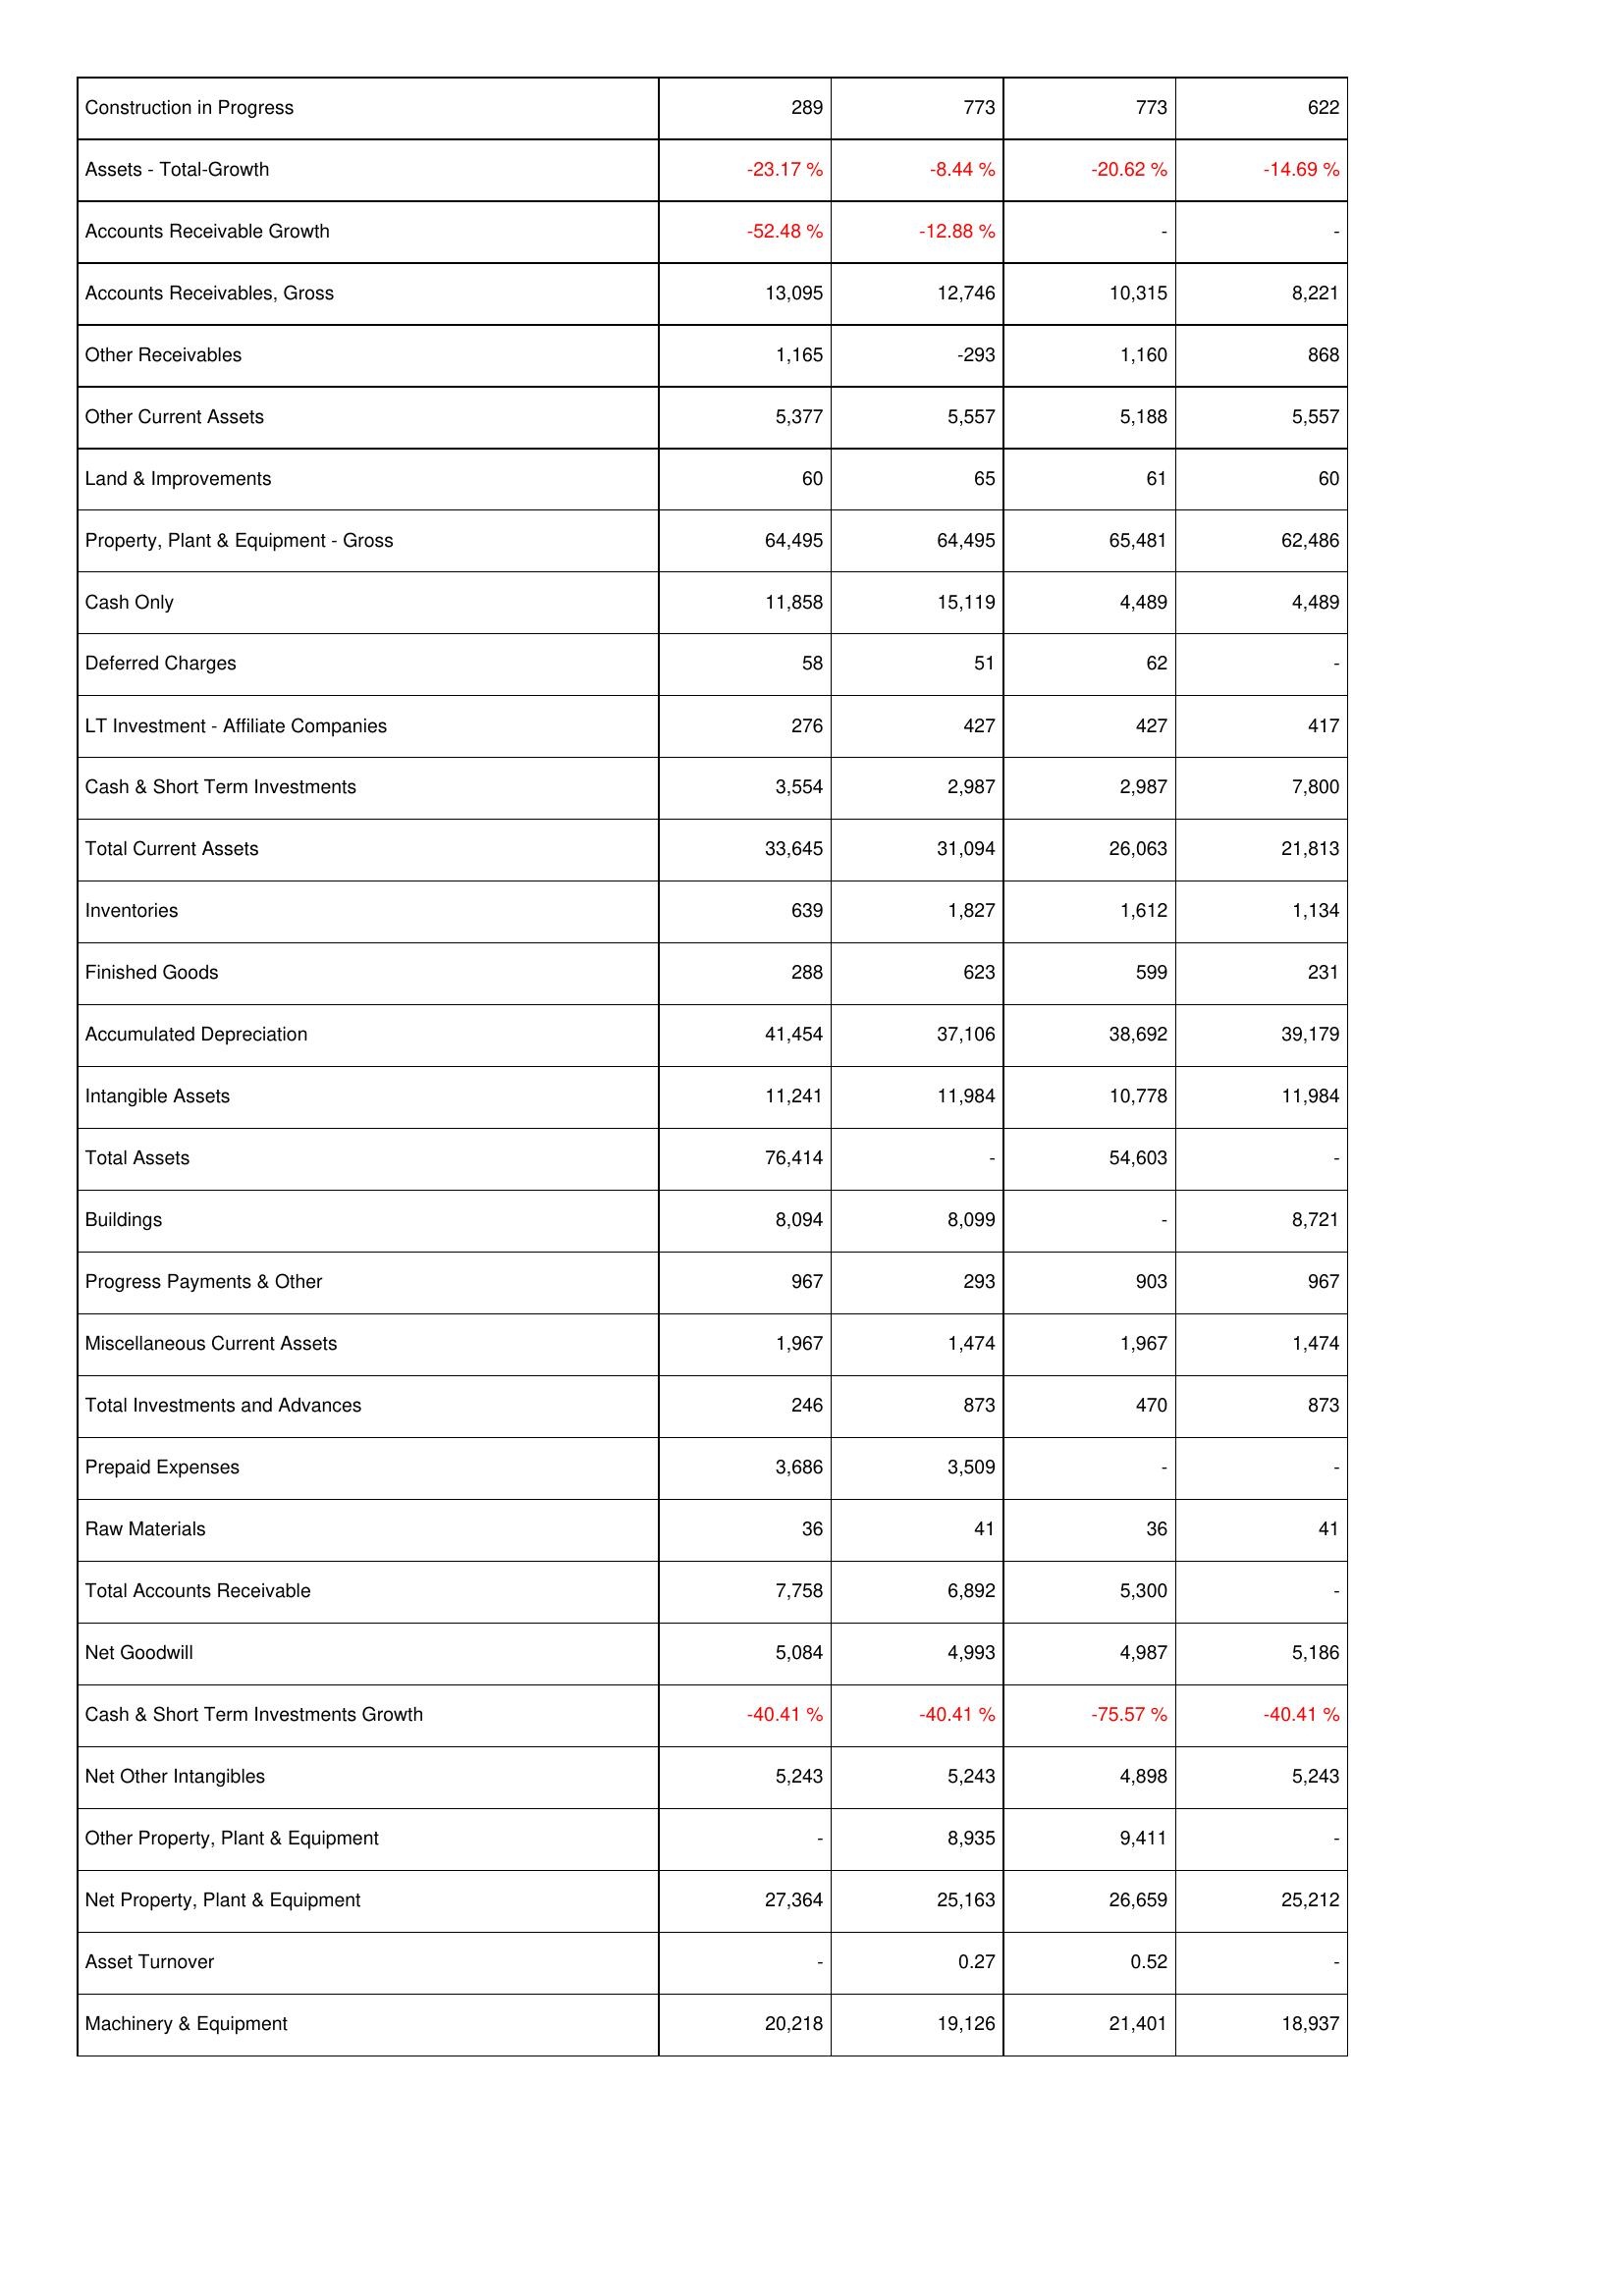
2010: Assets: Construction in Progress: 289
Assets - Total-Growth: -23.17 %
Accounts Receivable Growth: -52.48 %
Accounts Receivables, Gross: 13,095
Other Receivables: 1,165
Other Current Assets: 5,377
Land & Improvements: 60
Property, Plant & Equipment - Gross: 64,495
Cash Only: 11,858
Deferred Charges: 58
LT Investment - Affiliate Companies: 276
Cash & Short Term Investments: 3,554
Total Current Assets: 33,645
Inventories: 639
Finished Goods: 288
Accumulated Depreciation: 41,454
Intangible Assets: 11,241
Total Assets: 76,414
Buildings: 8,094
Progress Payments & Other: 967
Miscellaneous Current Assets: 1,967
Total Investments and Advances: 246
Prepaid Expenses: 3,686
Raw Materials: 36
Total Accounts Receivable: 7,758
Net Goodwill: 5,084
Cash & Short Term Investments Growth: -40.41 %
Net Other Intangibles: 5,243
Other Property, Plant & Equipment: -
Net Property, Plant & Equipment: 27,364
Asset Turnover: -
Machinery & Equipment: 20,218
2009: Assets: Construction in Progress: 773
Assets - Total-Growth: -8.44 %
Accounts Receivable Growth: -12.88 %
Accounts Receivables, Gross: 12,746
Other Receivables: -293
Other Current Assets: 5,557
Land & Improvements: 65
Property, Plant & Equipment - Gross: 64,495
Cash Only: 15,119
Deferred Charges: 51
LT Investment - Affiliate Companies: 427
Cash & Short Term Investments: 2,987
Total Current Assets: 31,094
Inventories: 1,827
Finished Goods: 623
Accumulated Depreciation: 37,106
Intangible Assets: 11,984
Total Assets: -
Buildings: 8,099
Progress Payments & Other: 293
Miscellaneous Current Assets: 1,474
Total Investments and Advances: 873
Prepaid Expenses: 3,509
Raw Materials: 41
Total Accounts Receivable: 6,892
Net Goodwill: 4,993
Cash & Short Term Investments Growth: -40.41 %
Net Other Intangibles: 5,243
Other Property, Plant & Equipment: 8,935
Net Property, Plant & Equipment: 25,163
Asset Turnover: 0.27
Machinery & Equipment: 19,126
2008: Assets: Construction in Progress: 773
Assets - Total-Growth: -20.62 %
Accounts Receivable Growth: -
Accounts Receivables, Gross: 10,315
Other Receivables: 1,160
Other Current Assets: 5,188
Land & Improvements: 61
Property, Plant & Equipment - Gross: 65,481
Cash Only: 4,489
Deferred Charges: 62
LT Investment - Affiliate Companies: 427
Cash & Short Term Investments: 2,987
Total Current Assets: 26,063
Inventories: 1,612
Finished Goods: 599
Accumulated Depreciation: 38,692
Intangible Assets: 10,778
Total Assets: 54,603
Buildings: -
Progress Payments & Other: 903
Miscellaneous Current Assets: 1,967
Total Investments and Advances: 470
Prepaid Expenses: -
Raw Materials: 36
Total Accounts Receivable: 5,300
Net Goodwill: 4,987
Cash & Short Term Investments Growth: -75.57 %
Net Other Intangibles: 4,898
Other Property, Plant & Equipment: 9,411
Net Property, Plant & Equipment: 26,659
Asset Turnover: 0.52
Machinery & Equipment: 21,401
2007: Assets: Construction in Progress: 622
Assets - Total-Growth: -14.69 %
Accounts Receivable Growth: -
Accounts Receivables, Gross: 8,221
Other Receivables: 868
Other Current Assets: 5,557
Land & Improvements: 60
Property, Plant & Equipment - Gross: 62,486
Cash Only: 4,489
Deferred Charges: -
LT Investment - Affiliate Companies: 417
Cash & Short Term Investments: 7,800
Total Current Assets: 21,813
Inventories: 1,134
Finished Goods: 231
Accumulated Depreciation: 39,179
Intangible Assets: 11,984
Total Assets: -
Buildings: 8,721
Progress Payments & Other: 967
Miscellaneous Current Assets: 1,474
Total Investments and Advances: 873
Prepaid Expenses: -
Raw Materials: 41
Total Accounts Receivable: -
Net Goodwill: 5,186
Cash & Short Term Investments Growth: -40.41 %
Net Other Intangibles: 5,243
Other Property, Plant & Equipment: -
Net Property, Plant & Equipment: 25,212
Asset Turnover: -
Machinery & Equipment: 18,937